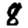
Digit: 8